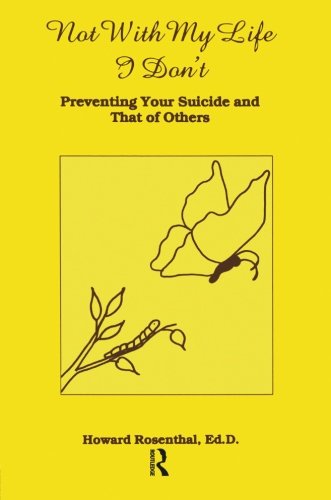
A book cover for Not With My Life I Don't: Preventing Your Suicide And That Of Others; Howard Rosenthal; Teen & Young Adult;